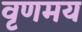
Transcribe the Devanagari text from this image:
वृणमय